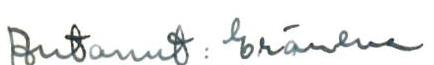
Antanut: Eräneva